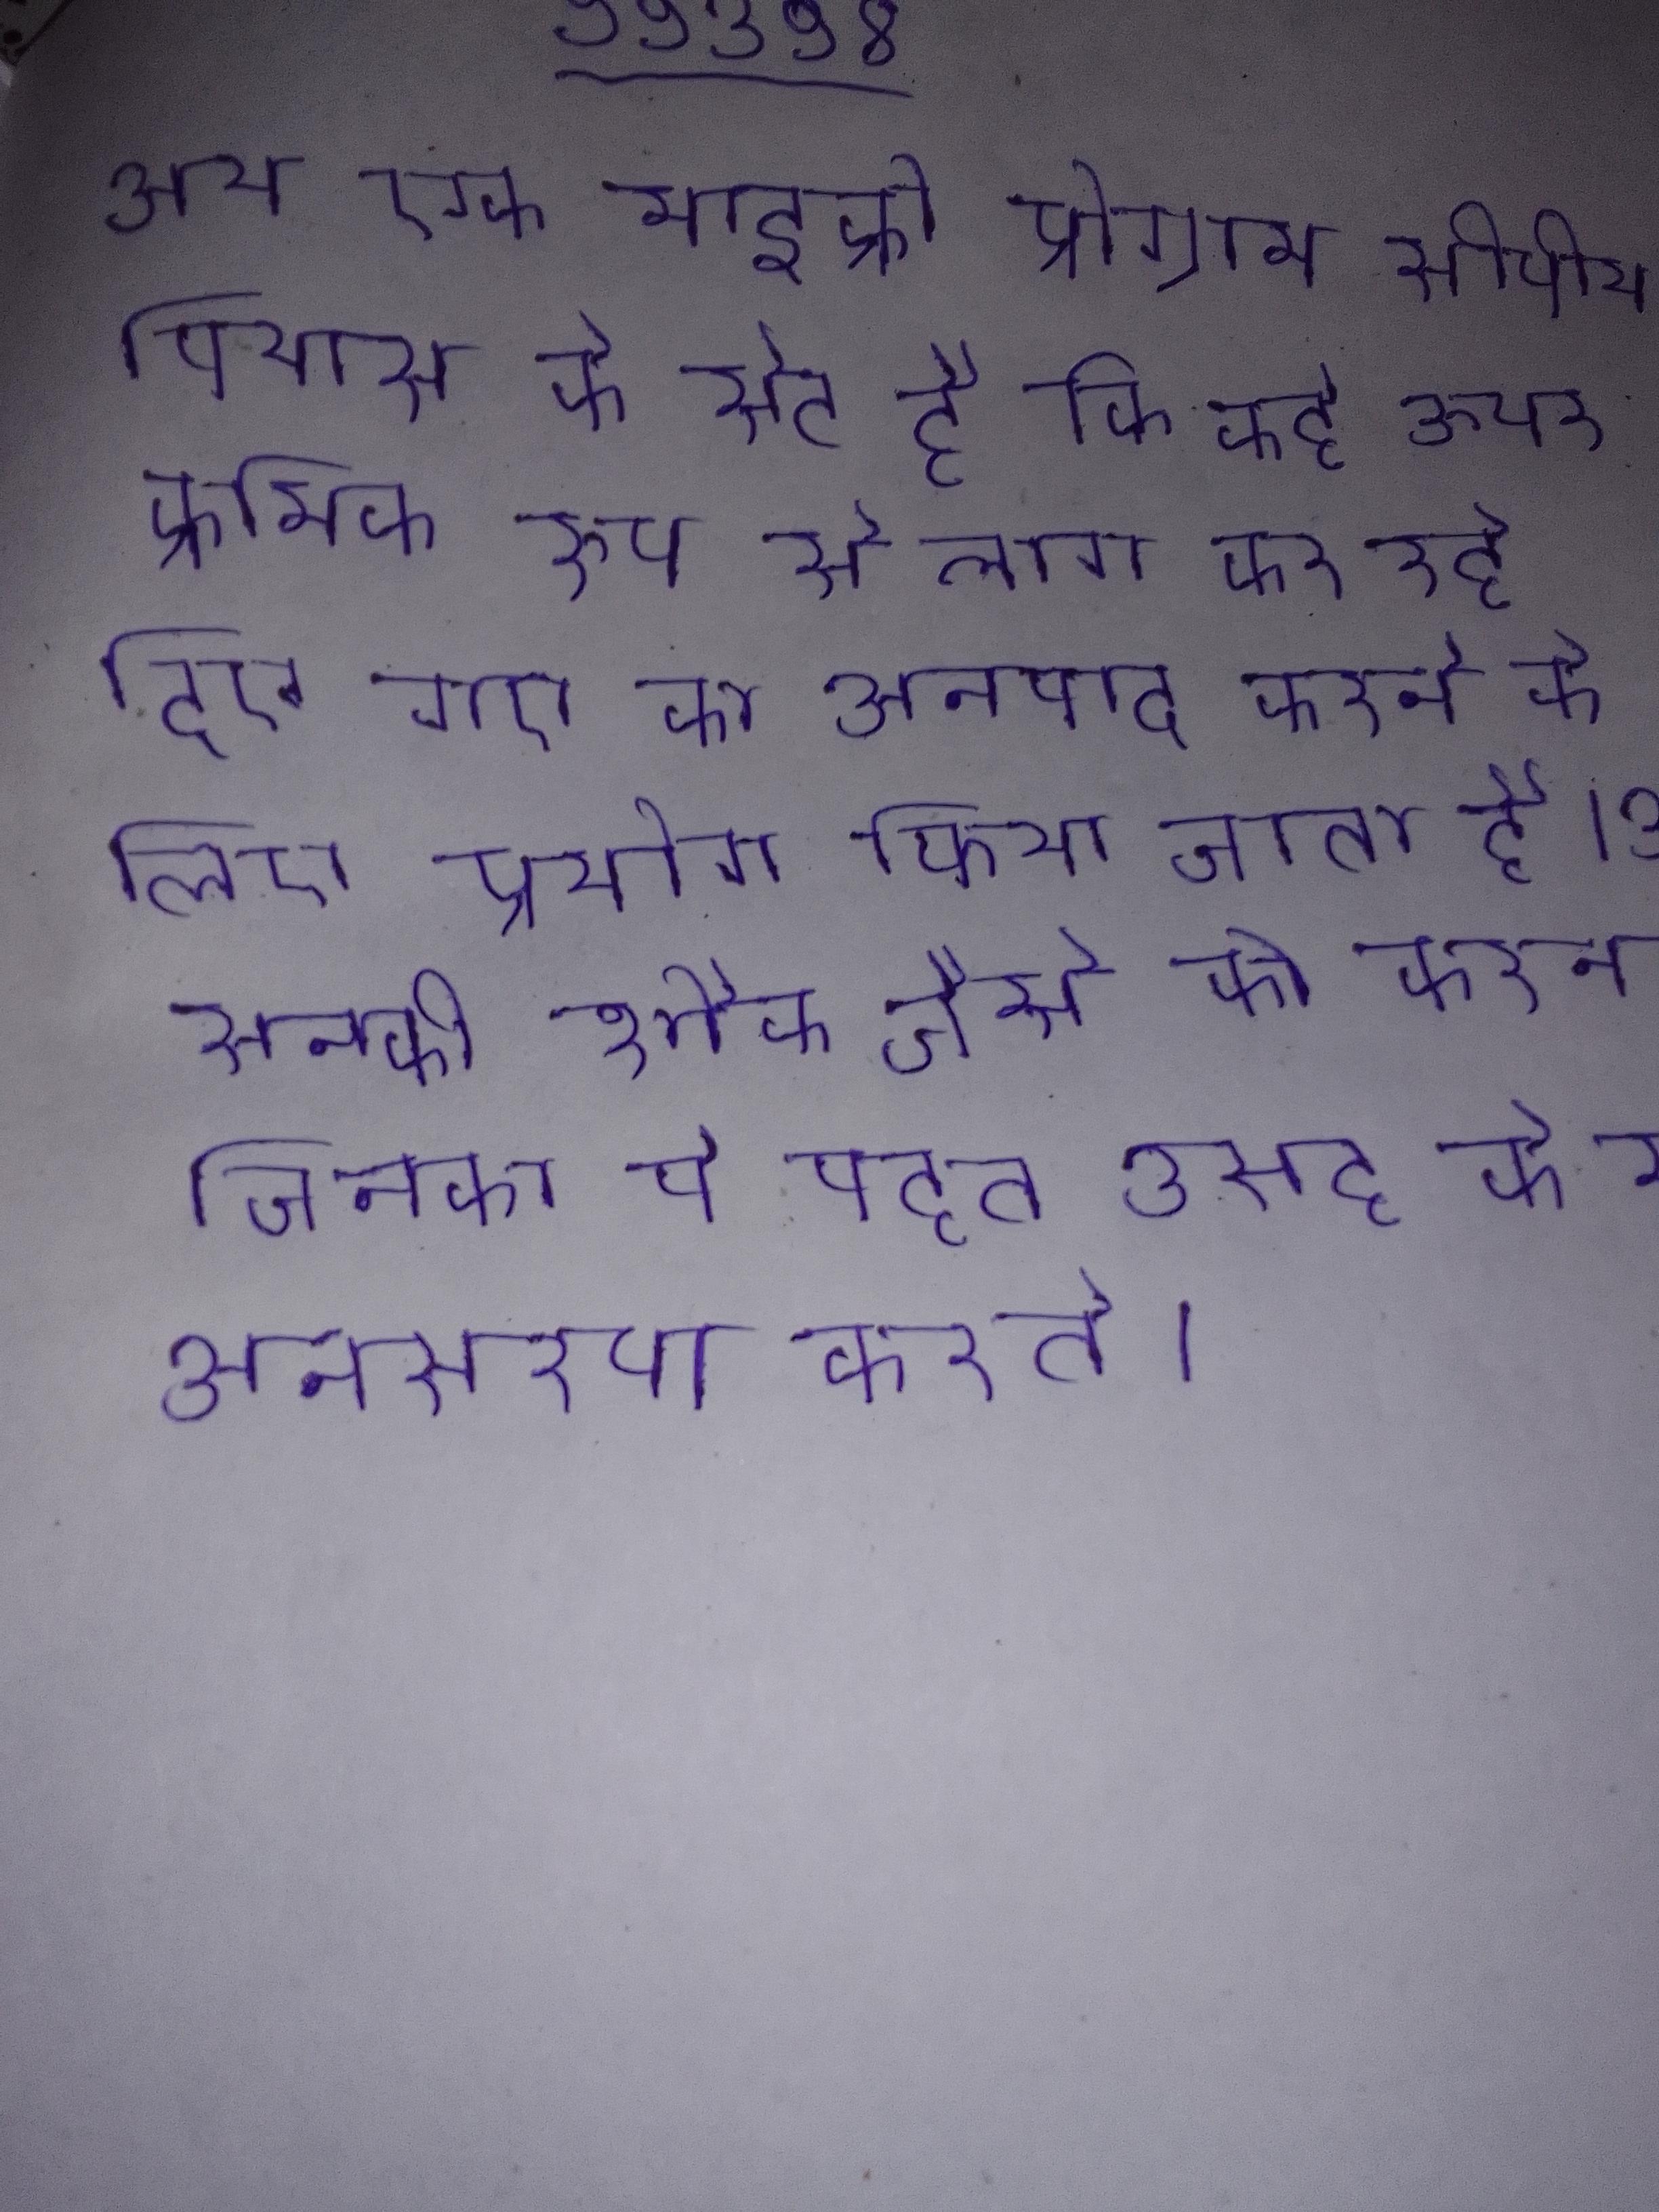
अन्य एक माइक्रो प्रोग्राम सीपीयू विन्यास के सेट है कि कई के ऊपर क्रमिक रूप से लागू कर रहे दिए गए का अनुवाद करने के लिए प्रयोग किया जाता है । अन्य रूचि की सनक हो सकती है, या फिर सनकी शौक जैसे को करना जिनका वे बहुत उत्साह के साथ अनुसरण करते ।